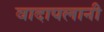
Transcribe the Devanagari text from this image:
वादापलानी